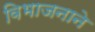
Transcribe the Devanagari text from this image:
विभाजनाने